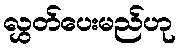
လွှတ်ပေးမည်ဟု